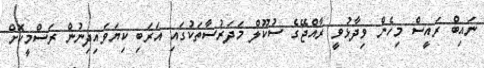
ނައިބް ރައީސް މިހެން ވިދާޅުވީ ރާއްޖޭގެ ސުކޫލް މަދަރުސާތަކުގައި އަރަބި ކިޔަވައިދިނުން ރަސްމީކޮށް